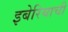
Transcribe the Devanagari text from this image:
इबेरियाची